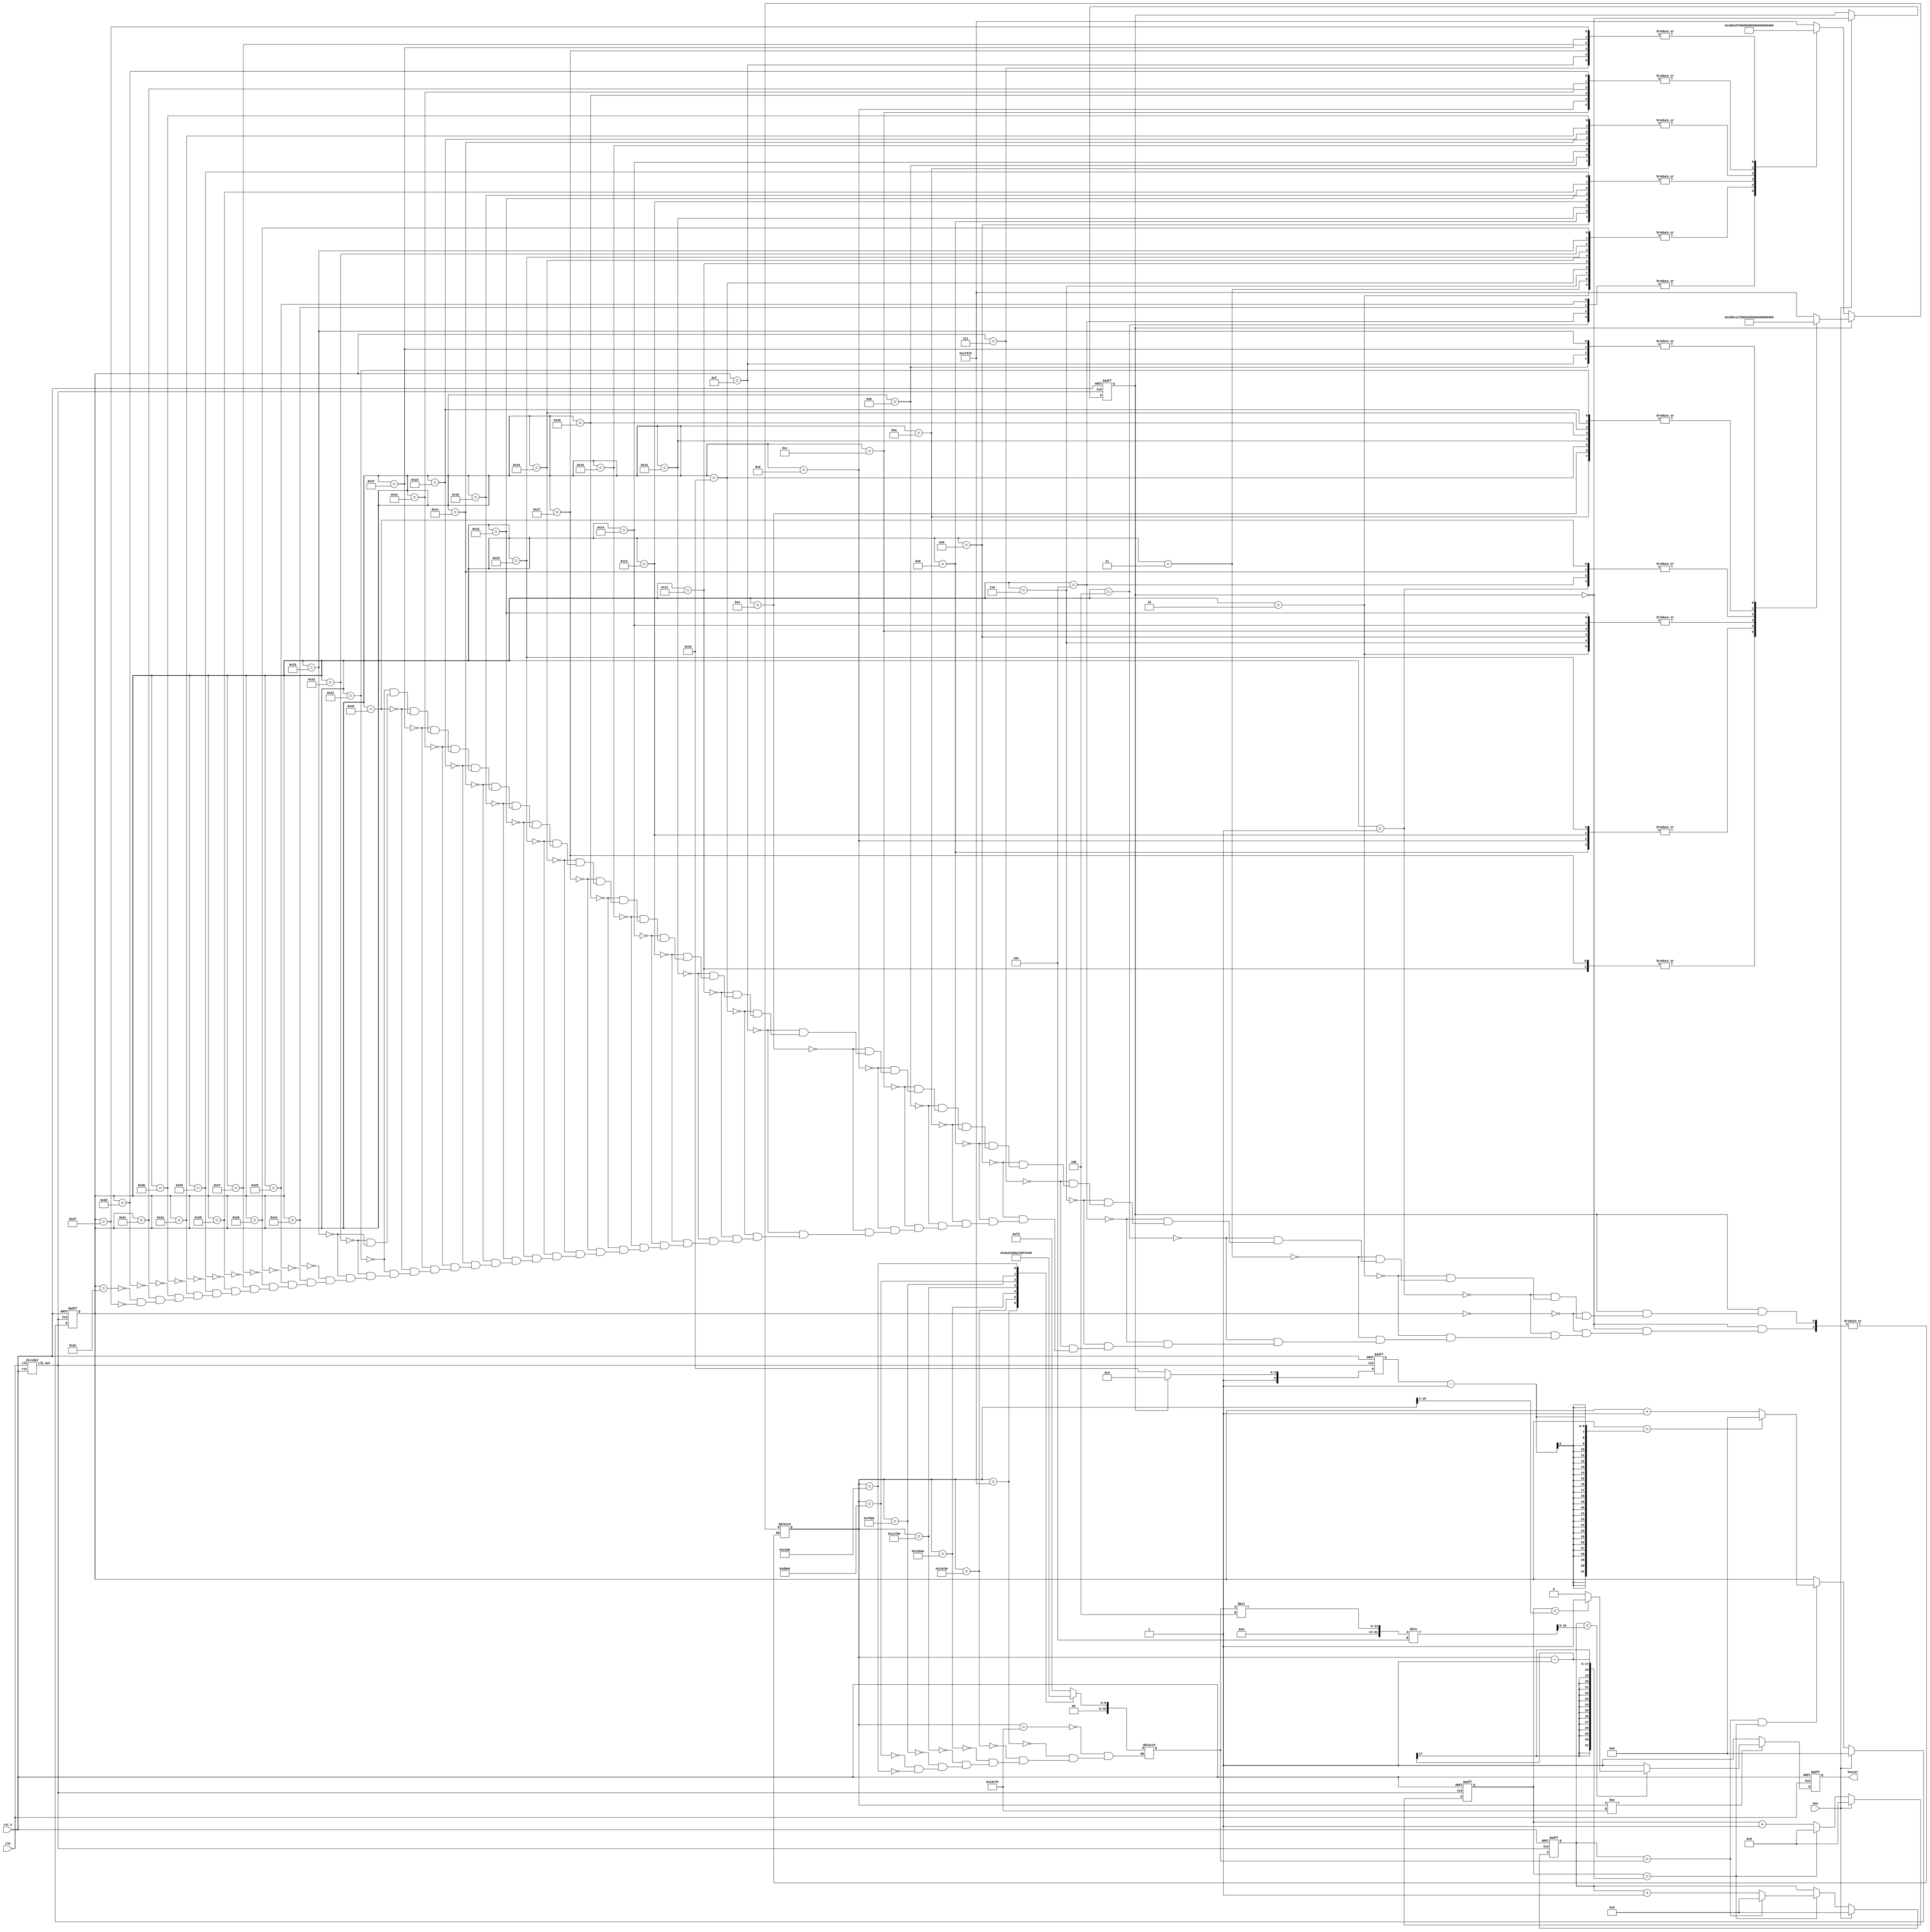
`timescale 1ns / 1ps
//////////////////////////////////////////////////////////////////////////////////
// Company: 
// Engineer: 
// 
// Design Name: 
// Module Name: alert
// Project Name: 
// Target Devices: 
// Tool Versions: 
// Description: 
// 
// Dependencies: 
// 
// Revision:
// Revision 0.01 - File Created
// Additional Comments:
// 
//////////////////////////////////////////////////////////////////////////////////


module alert(
	input				clk		,		//
	input				rst_n	,		//
	input				key	,		//
//	input               en,
	output	reg			buzzer			//
	);
	
//	wire				press	;		//

	//
	localparam			M0 	= 98800,
						M1	= 95600,
						M2	= 85150,
						M3	= 75850,
						M4	= 71600,
						M5  = 63750,
						M6	= 56800,
						M7	= 50600;
	
	//
	reg		[16:0]		cnt0		;	//
	reg		[10:0]		cnt1		;	//
	reg		[5 :0]		cnt2		;	//
	
	reg		[16:0]		pre_set		;	//
	wire	[16:0]		pre_div		;	//
	
	reg		[10:0]		cishu		;	//
	wire	[10:0]		cishu_div	;	//
	
	reg 				flag		;	//01
	reg		[5 :0]		YINFU		;	//
	
//	reg                en1;
	
	wire               clk_50MHz;
    divide2 u_divide(
    clk,rst_n,clk_50MHz
    );
	//
//	always @(posedge clk_50MHz or negedge en) begin
//		if(!en) begin
//			en1 <= 1'b0;
//		end
//		else en1 <= 1'b1;
//	end
    always @(posedge clk_50MHz or negedge rst_n) begin
//    if(en1)begin
        if(!rst_n) begin
            flag <= 1'b0;
        end
        else if(key) begin
            flag <= ~flag;
        end
    end
//    end
	//
	always @(posedge clk_50MHz or negedge rst_n) begin
//	if(en1)begin
		if(!rst_n)
			YINFU <= 48;
		else if(flag == 1'b1)
			YINFU <= 36;
		else
			YINFU <= 48;
	end
//	end
	//
	always @(posedge clk_50MHz or negedge rst_n) begin
//	if(en1)begin
		if(!rst_n) begin
			cnt0 <= 0;
		end
		else if (key)
			cnt0 <= 0;
		else begin
			if(cnt0 == pre_set - 1)
				cnt0 <= 0;
			else
				cnt0 <= cnt0 + 1;
		     end
		end
//	end
	//
	always @(posedge clk_50MHz or negedge rst_n) begin
//	if(en1)begin
	if(!rst_n) begin
			cnt1 <= 0;
	    end
        else if (key)
			cnt1 <= 0;
		else begin
			if(cnt0 == pre_set - 1)begin
				if(cnt1 == cishu)
					cnt1 <= 0;
				else
					cnt1 <= cnt1 + 1;
			end
		end
	end
//	end
	//
	always @(posedge clk_50MHz or negedge rst_n) begin
//		if(en1)begin
		if(!rst_n) begin
			cnt2 <= 0;
		end
		else if(key)
			cnt2 <= 0;
		else begin
			if(cnt1 == cishu && cnt0 == pre_set - 1) begin
				if(cnt2 == YINFU - 1) begin
					cnt2 <= 0;
				end
				else
					cnt2 <= cnt2 + 1;
			end
		end
	end
//	end
	//
	always @(*) begin
		case(pre_set)
			M0:cishu = 242;
			M1:cishu = 250;
			M2:cishu = 281;
			M3:cishu = 315;
			M4:cishu = 334;
			M5:cishu = 375;
			M6:cishu = 421;
			M7:cishu = 472;
		endcase
	end
	
	//
	always @(*) begin
		if(flag == 1'b0) begin
			case(cnt2)	//
				0 : pre_set = M1;
				1 : pre_set = M1;
				2 : pre_set = M5;
				3 : pre_set = M5;
				4 : pre_set = M6;
				5 : pre_set = M6;
				6 : pre_set = M5;
				7 : pre_set = M0;
				
				8 : pre_set = M4;
				9 : pre_set = M4;
				10: pre_set = M3;
				11: pre_set = M3;
				12: pre_set = M2;
				13: pre_set = M2;
				14: pre_set = M1;
				15: pre_set = M0;
				
				16: pre_set = M5;
				17: pre_set = M5;
				18: pre_set = M4;
				19: pre_set = M4;
				20: pre_set = M3;
				21: pre_set = M3;
				22: pre_set = M2;
				23: pre_set = M0;
				
				24: pre_set = M5;
				25: pre_set = M5;
				26: pre_set = M4;
				27: pre_set = M4;
				28: pre_set = M3;
				29: pre_set = M3;
				30: pre_set = M2;
				31: pre_set = M0;
				
				32: pre_set = M1;
				33: pre_set = M1;
				34: pre_set = M5;
				35: pre_set = M5;
				36: pre_set = M6;
				37: pre_set = M6;
				38: pre_set = M5;
				39: pre_set = M0;
				
				40: pre_set = M4;
				41: pre_set = M4;
				42: pre_set = M3;
				43: pre_set = M3;
				44: pre_set = M2;
				45: pre_set = M2;
				46: pre_set = M1;
				47: pre_set = M0;
			endcase
		end
		else begin
			case(cnt2)	//
				0 : pre_set = M1;
				1 : pre_set = M2;
				2 : pre_set = M3;
				3 : pre_set = M1;
				4 : pre_set = M1;
				5 : pre_set = M2;
				6 : pre_set = M3;
				7 : pre_set = M1;
				8 : pre_set = M3;
				9 : pre_set = M4;
				10: pre_set = M5;
				11: pre_set = M0;
				
				12: pre_set = M3;
				13: pre_set = M4;
				14: pre_set = M5;
				15: pre_set = M0;
				
				16: pre_set = M5;
				17: pre_set = M6;
				18: pre_set = M5;
				19: pre_set = M4;
				20: pre_set = M3;
				21: pre_set = M1;
				22: pre_set = M5;
				23: pre_set = M6;
				24: pre_set = M5;
				25: pre_set = M4;
				26: pre_set = M3;
				27: pre_set = M1;
				28: pre_set = M2;
				29: pre_set = M5;
				30: pre_set = M1;
				31: pre_set = M0;
				
				32: pre_set = M2;
				33: pre_set = M5;
				34: pre_set = M1;
				35: pre_set = M0;
			endcase
		end
	end
	
	assign pre_div = pre_set >> 1;	//2
	assign cishu_div = cishu * 4 / 5;
	
	//
	always @(posedge clk or negedge rst_n) begin
//		if(en1)begin
		if(!rst_n) begin
			buzzer <= 1'b1;
		end
		else if(pre_set != M0) begin
			if(cnt1 < cishu_div) begin
				if(cnt0 < pre_div) begin
						buzzer <= 1'b1;
				end
				else begin
						buzzer <= 1'b0;
				end
			end
			else begin
				buzzer <= 1'b1;
			end
		end
		else
			buzzer <= 1'b1;
	end
//	end
endmodule
	
module divide2(
input clk,rst,
output reg clk_out
);
parameter period = 2;
reg [3:0] cnt;
always@(posedge clk,negedge rst)
begin
  if(~rst)begin
    cnt <= 0;
    clk_out <= 0;
  end
  else
    if(cnt == (period >> 1) - 1) begin
      clk_out <= ~clk_out;
      cnt <= 0;
    end
    else begin
      cnt <= cnt + 1;
    end
end

endmodule